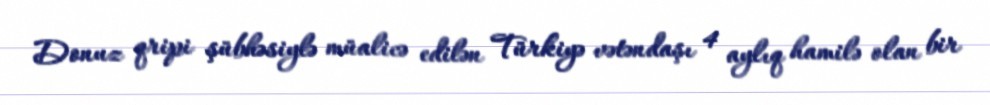
Donuz qripi şübhəsiylə müalicə edilən Türkiyə vətəndaşı 4 aylıq hamilə olan bir